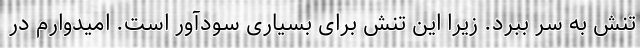
تنش به سر ببرد. زیرا این تنش برای بسیاری سودآور است. امیدوارم در